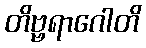
တိဗ္ဗရာဂေါတိ